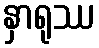
နှာရုဿ